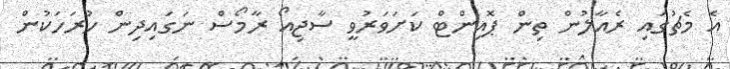
އެ މެޗުގައި ރެއާލުން ތިން ޕޮއިންޓް ކަށަވަރުވީ ސާޖިއޯ ރާމޯސް ނަގައިދިން ހުރަހަކުން